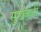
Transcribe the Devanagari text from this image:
सुखबती